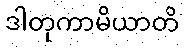
ဒါတုကာမိယာတိ